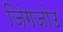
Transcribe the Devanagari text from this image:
जिंगजोउ